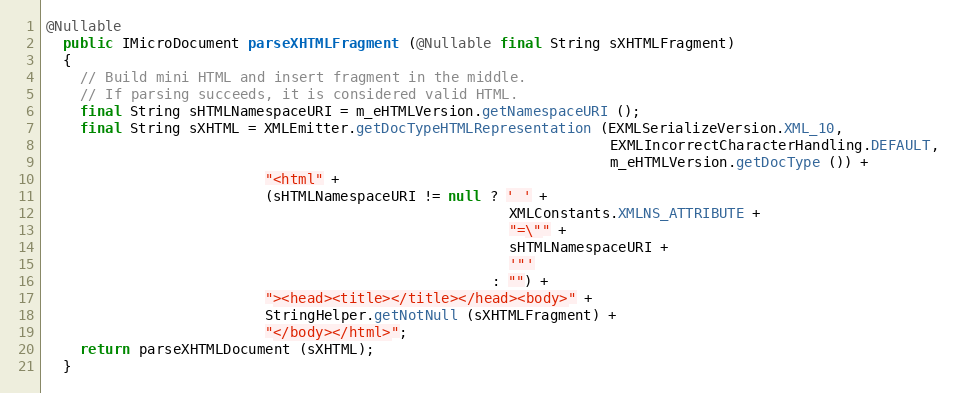
Language: Java
@Nullable
  public IMicroDocument parseXHTMLFragment (@Nullable final String sXHTMLFragment)
  {
    // Build mini HTML and insert fragment in the middle.
    // If parsing succeeds, it is considered valid HTML.
    final String sHTMLNamespaceURI = m_eHTMLVersion.getNamespaceURI ();
    final String sXHTML = XMLEmitter.getDocTypeHTMLRepresentation (EXMLSerializeVersion.XML_10,
                                                                   EXMLIncorrectCharacterHandling.DEFAULT,
                                                                   m_eHTMLVersion.getDocType ()) +
                          "<html" +
                          (sHTMLNamespaceURI != null ? ' ' +
                                                       XMLConstants.XMLNS_ATTRIBUTE +
                                                       "=\"" +
                                                       sHTMLNamespaceURI +
                                                       '"'
                                                     : "") +
                          "><head><title></title></head><body>" +
                          StringHelper.getNotNull (sXHTMLFragment) +
                          "</body></html>";
    return parseXHTMLDocument (sXHTML);
  }